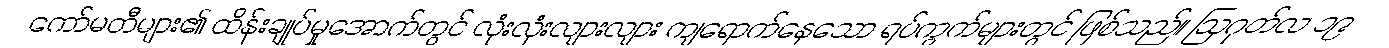
ကော်မတီများ၏ ထိန်းချုပ်မှုအောက်တွင် လုံးလုံးလျားလျား ကျရောက်နေသော ရပ်ကွက်များတွင် ဖြစ်သည်။ ဩဂုတ်လ ၁၉